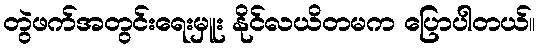
တွဲဖက်အတွင်းရေးမှူး နိုင်လယိတမက ပြောပါတယ်။